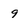
Character: 9